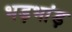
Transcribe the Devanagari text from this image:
भड़भांड़